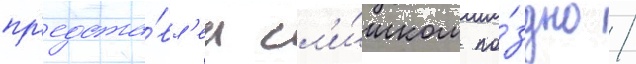
пр'едста́вл'ен сл'и́шком по́здно /